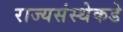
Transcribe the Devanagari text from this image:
राज्यसंस्थेकडे